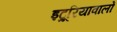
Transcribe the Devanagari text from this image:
इट्रूरियावालों